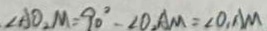
\angle A O _ { 2 } M = 9 0 ^ { \circ } - \angle O _ { 2 } A M = \angle O , A M